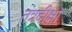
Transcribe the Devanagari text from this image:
तंत्रदीक्षा